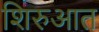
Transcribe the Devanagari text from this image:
शिरुआत